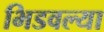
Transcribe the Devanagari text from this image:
भिडवल्या